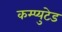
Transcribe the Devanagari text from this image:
कम्प्युटेड